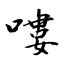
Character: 嘍